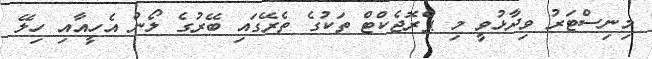
މިނިސްޓަރު ވިދާޅުވީ މި ޕްރޮޖެކްޓް ތަކުގެ ތެރޭގައި ބޭރުގެ ލޯން އެހީއާއި ހިލޭ